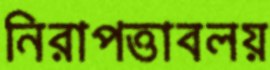
নিরাপত্তাবলয়